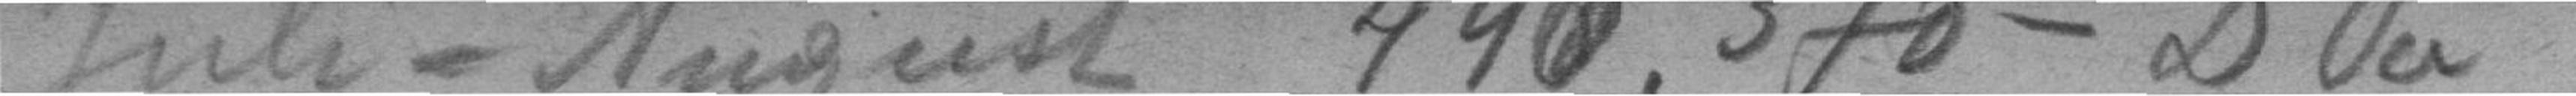
Juli - August 440. 370 - DSa